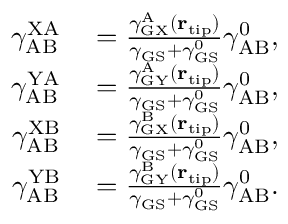
\begin{array} { r l } { \gamma _ { \mathrm { A B } } ^ { \mathrm { X A } } } & { { } = \frac { \gamma _ { \mathrm { G X } } ^ { \mathrm { A } } ( { \bf r } _ { \mathrm { t i p } } ) } { \gamma _ { \mathrm { G S } } + \gamma _ { \mathrm { G S } } ^ { 0 } } \gamma _ { \mathrm { A B } } ^ { 0 } , } \\ { \gamma _ { \mathrm { A B } } ^ { \mathrm { Y A } } } & { { } = \frac { \gamma _ { \mathrm { G Y } } ^ { \mathrm { A } } ( { \bf r } _ { \mathrm { t i p } } ) } { \gamma _ { \mathrm { G S } } + \gamma _ { \mathrm { G S } } ^ { 0 } } \gamma _ { \mathrm { A B } } ^ { 0 } , } \\ { \gamma _ { \mathrm { A B } } ^ { \mathrm { X B } } } & { { } = \frac { \gamma _ { \mathrm { G X } } ^ { \mathrm { B } } ( { \bf r } _ { \mathrm { t i p } } ) } { \gamma _ { \mathrm { G S } } + \gamma _ { \mathrm { G S } } ^ { 0 } } \gamma _ { \mathrm { A B } } ^ { 0 } , } \\ { \gamma _ { \mathrm { A B } } ^ { \mathrm { Y B } } } & { { } = \frac { \gamma _ { \mathrm { G Y } } ^ { \mathrm { B } } ( { \bf r } _ { \mathrm { t i p } } ) } { \gamma _ { \mathrm { G S } } + \gamma _ { \mathrm { G S } } ^ { 0 } } \gamma _ { \mathrm { A B } } ^ { 0 } . } \end{array}